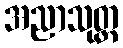
အညာသုတ္တ